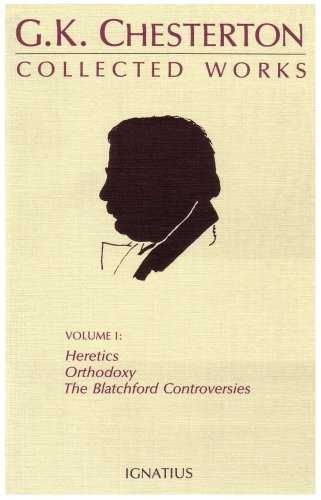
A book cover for The Collected Works of G.K. Chesterton, Vol. 1: Heretics, Orthodoxy, the Blatchford Controversies (Collected Works of G. K. Chesterton); G. K. Chesterton; Literature & Fiction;